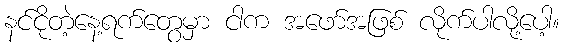
နင်ငိုတဲ့နေ့ရက်တွေမှာ ငါက အဖော်အဖြစ် လိုက်ပါလို့ပေါ့။